Indian journal of veterinary science and animal husbandry - Volume 13,
Year: 1943
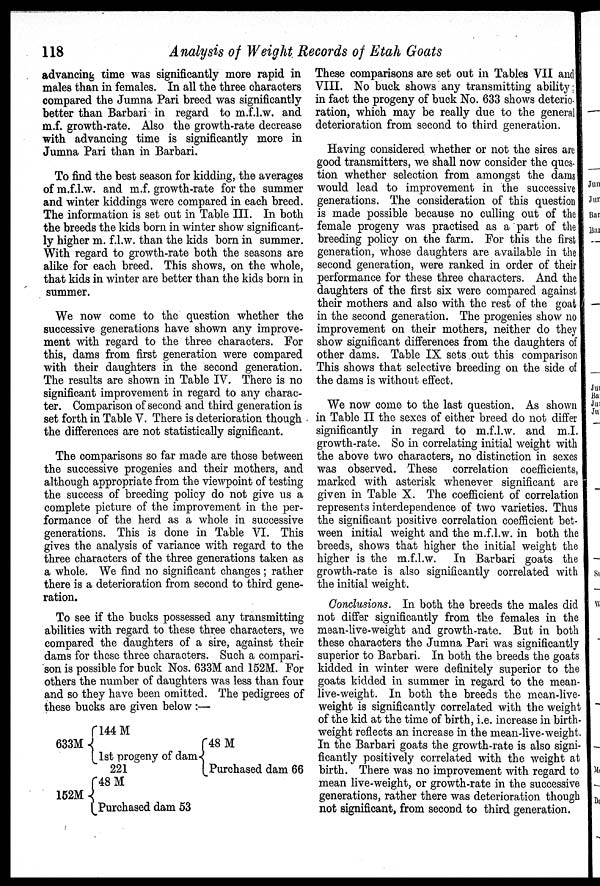
118
Analysis of Weight Records of Etah Goats
advancing time was significantly more rapid in
males than in females. In all the three characters
compared the Jumna Pari breed was significantly
better than Barbari in regard to m.f.l.w. and
m.f. growth-rate. Also the growth-rate decrease
with advancing time is significantly more in
Jumna Pari than in Barbari.
To find the best season for kidding, the averages
of m.f.l.w. and m.f. growth-rate for the summer
and winter kiddings were compared in each breed.
The information is set out in Table III. In both
the breeds the kids born in winter show significant-
ly higher m. f.l.w. than the kids born in summer.
With regard to growth-rate both the seasons are
alike for each breed. This shows, on the whole,
that kids in winter are better than the kids born in
summer.
We now come to the question whether the
successive generations have shown any improve-
ment with regard to the three characters. For
this, dams from first generation were compared
with their daughters in the second generation.
The results are shown in Table IV. There is no
significant improvement in regard to any charac-
ter. Comparison of second and third generation is
set forth in Table V. There is deterioration though
the differences are not statistically significant.
The comparisons so far made are those between
the successive progenies and their mothers, and
although appropriate from the viewpoint of testing
the success of breeding policy do not give us a
complete picture of the improvement in the per-
formance of the herd as a whole in successive
generations. This is done in Table VI. This
gives the analysis of variance with regard to the
three characters of the three generations taken as
a whole. We find no significant changes; rather
there is a deterioration from second to third gene-
ration.
To see if the bucks possessed any transmitting
abilities with regard to these three characters, we
compared the daughters of a sire, against their
dams for these three characters. Such a compari-
son is possible for buck Nos. 633M and 152M. For
others the number of daughters was less than four
and so they have been omitted. The pedigrees of
these bucks are given below :—
633M
152M
{ 144 M
1st progeny of dam
221
{ 48 M
Purchased dam 53
{ 48 M
Purchased dam 66
These comparisons are set out in Tables VII and
VIII. No buck shows any transmitting ability
in fact the progeny of buck No. 633 shows deterio-
ration, which may be really due to the general
deterioration from second to third generation.
Having considered whether or not the sires are
good transmitters, we shall now consider the ques-
tion whether selection from amongst the dams
would lead to improvement in the successive
generations. The consideration of this question
is made possible because no culling out of the
female progeny was practised as a part of the
breeding policy on the farm. For this the first
generation, whose daughters are available in the
second generation, were ranked in order of their
performance for these three characters. And the
daughters of the first six were compared against
their mothers and also with the rest of the goat
in the second generation. The progenies show no
improvement on their mothers, neither do they
show significant differences from the daughters of
other dams. Table IX sets out this comparison
This shows that selective breeding on the side of
the dams is without effect.
We now come to the last question. As shown
in Table II the sexes of either breed do not differ
significantly in regard to m.f.l.w. and m.I.
growth-rate. So in correlating initial weight with
the above two characters, no distinction in sexes
was observed. These correlation coefficients,
marked with asterisk whenever significant are
given in Table X. The coefficient of correlation
represents interdependence of two varieties. Thus
the significant positive correlation coefficient bet-
ween initial weight and the m.f.l.w. in both the
breeds, shows that higher the initial weight the
higher is the m.f.l.w. In Barbari goats the
growth-rate is also significantly correlated with
the initial weight.
Conclusions. In both the breeds the males did
not differ significantly from the females in the
mean-live-weight and growth-rate. But in both
these characters the Jumna Pari was significantly
superior to Barbari. In both the breeds the goats
kidded in winter were definitely superior to the
goats kidded in summer in regard to the mean-
live-weight. In both the breeds the mean-live-
weight is significantly correlated with the weight
of the kid at the time of birth, i.e. increase in birth-
weight reflects an increase in the mean-live-weight.
In the Barbari goats the growth-rate is also signi-
ficantly positively correlated with the weight at
birth. There was no improvement with regard to
mean live-weight, or growth-rate in the successive
generations, rather there was deterioration though
not significant, from second to third generation.